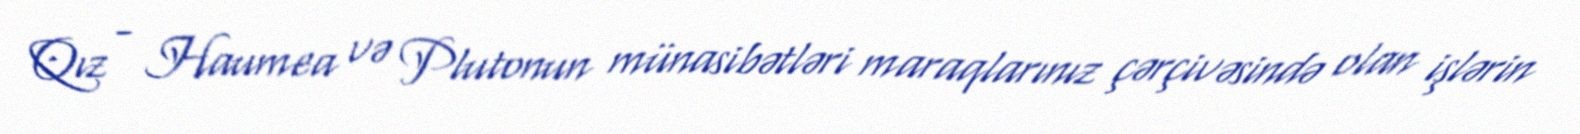
Qız - Haumea və Plutonun münasibətləri maraqlarınız çərçivəsində olan işlərin